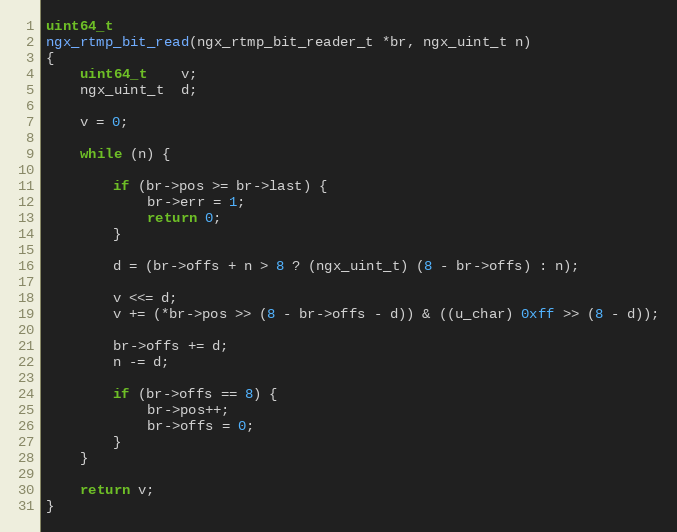
Language: C
uint64_t
ngx_rtmp_bit_read(ngx_rtmp_bit_reader_t *br, ngx_uint_t n)
{
    uint64_t    v;
    ngx_uint_t  d;

    v = 0;

    while (n) {

        if (br->pos >= br->last) {
            br->err = 1;
            return 0;
        }

        d = (br->offs + n > 8 ? (ngx_uint_t) (8 - br->offs) : n);

        v <<= d;
        v += (*br->pos >> (8 - br->offs - d)) & ((u_char) 0xff >> (8 - d));

        br->offs += d;
        n -= d;

        if (br->offs == 8) {
            br->pos++;
            br->offs = 0;
        }
    }

    return v;
}